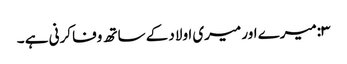
۳:میرے اور میری اولاد کے ساتھ وفا کرنی ہے ۔